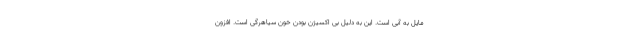
مایل به آبی است. این به دلیل بی اکسیژن بودن خون سیاهرگی است. افزون